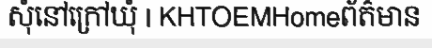
សុំនៅក្រៅឃុំ | KHTOEMHomeព័ត៌មាន